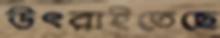
উৎরাইতেছে